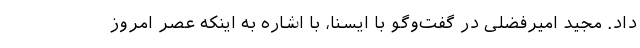
داد. مجید امیرفضلی در گفت‌وگو با ایسنا، با اشاره به اینکه عصر امروز